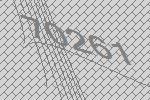
70261